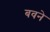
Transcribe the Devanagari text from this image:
बवने